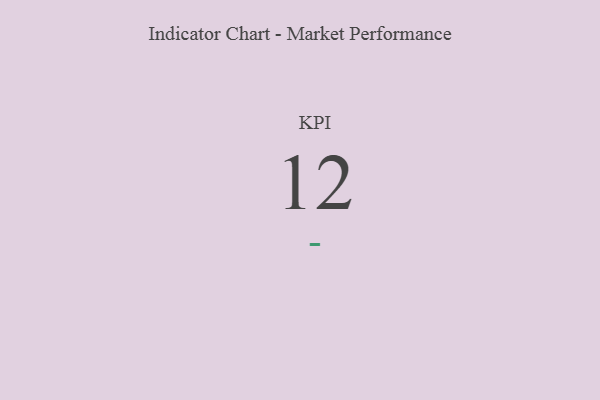
{"axis": {"x": "KPI", "y": "Value"}, "legend": [""], "data": [{"x": "KPI", "y": 12, "type": ""}]}